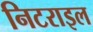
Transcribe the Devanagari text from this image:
निटराइल